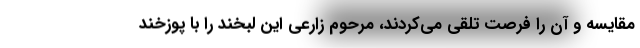
مقایسه و آن را فرصت تلقی می‌کردند، مرحوم زارعی این لبخند را با پوزخندِ